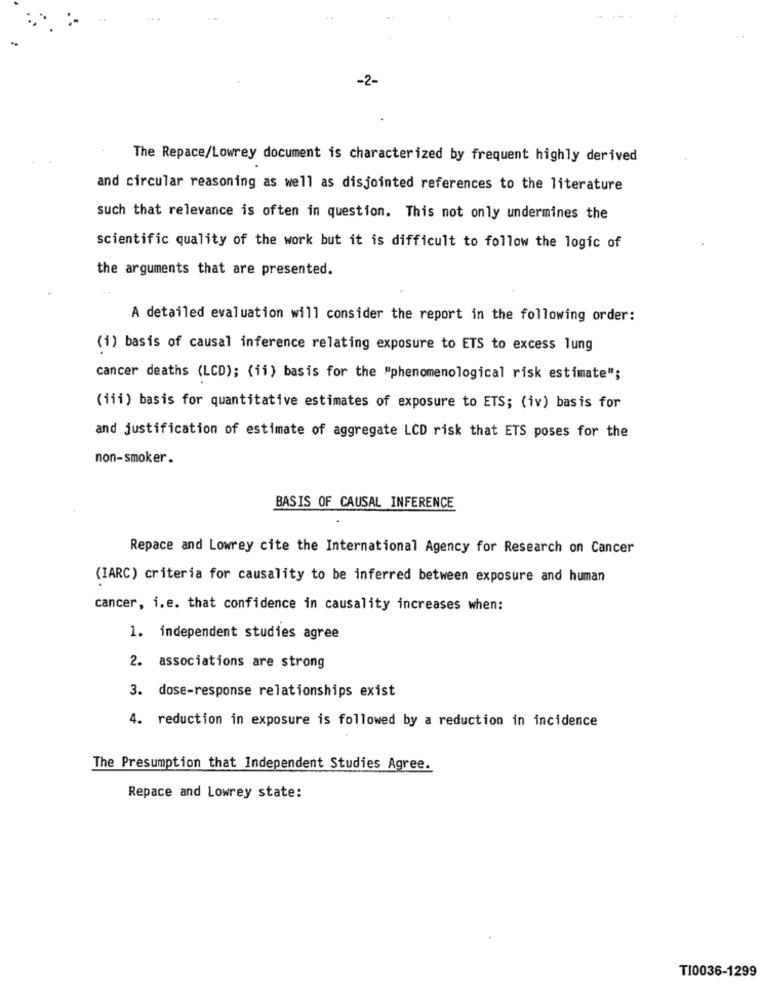
-2-
The Repace/Lowrey document is characterized by frequent highly derived
and circular reasoning as well as disjointed references to the literature
such that relevance is often in question. This not only undermines the
scientific quality of the work but it is difficult to follow the logic of
the arguments that are presented.
A detailed evaluation will consider the report in the following order:
(1) basis of causal inference relating exposure to ETS to excess lung
cancer deaths (LCD); (ii) basis for the "phenomenological risk estimate";
(iii) basis for quantitative estimates of exposure to ETS; (iv) basis for
and justification of estimate of aggregate LCD risk that ETS poses for the
non-smoker.
BASIS OF CAUSAL INFERENCE
Repace and Lowrey cite the International Agency for Research on Cancer
(IARC) criteria for causality to be inferred between exposure and human
cancer, i.e. that confidence in causality increases when:
1. independent studies agree
2. associations are strong
3. dose-response relationships exist
4. reduction in exposure is followed by a reduction in incidence
The Presumption that Independent Studies Agree.
Repace and Lowrey state:
TI0036-1299